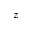
z